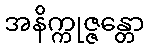
အနိက္ကုဇ္ဇန္တော